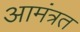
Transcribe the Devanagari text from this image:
आमंत्रत